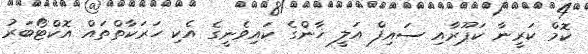
ކޮމް ކަރީނާ ކަޕޫރާއި ސައިފް އަލީ ޚާންގެ ކައިވެނީގެ އެކި ހަރަކާތްތައް އޮކްޓޯބަރު